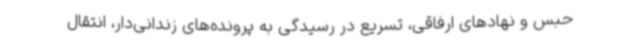
حبس و نهادهای ارفاقی، تسریع در رسیدگی به پرونده‌های زندانی‌دار، انتقال